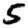
Digit: 5